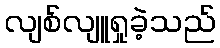
လျစ်လျူရှုခဲ့သည်